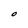
Character: O